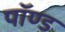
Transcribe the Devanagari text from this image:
पॉण्ड